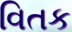
વિતક